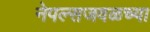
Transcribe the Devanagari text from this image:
नेपल्सजवळच्या